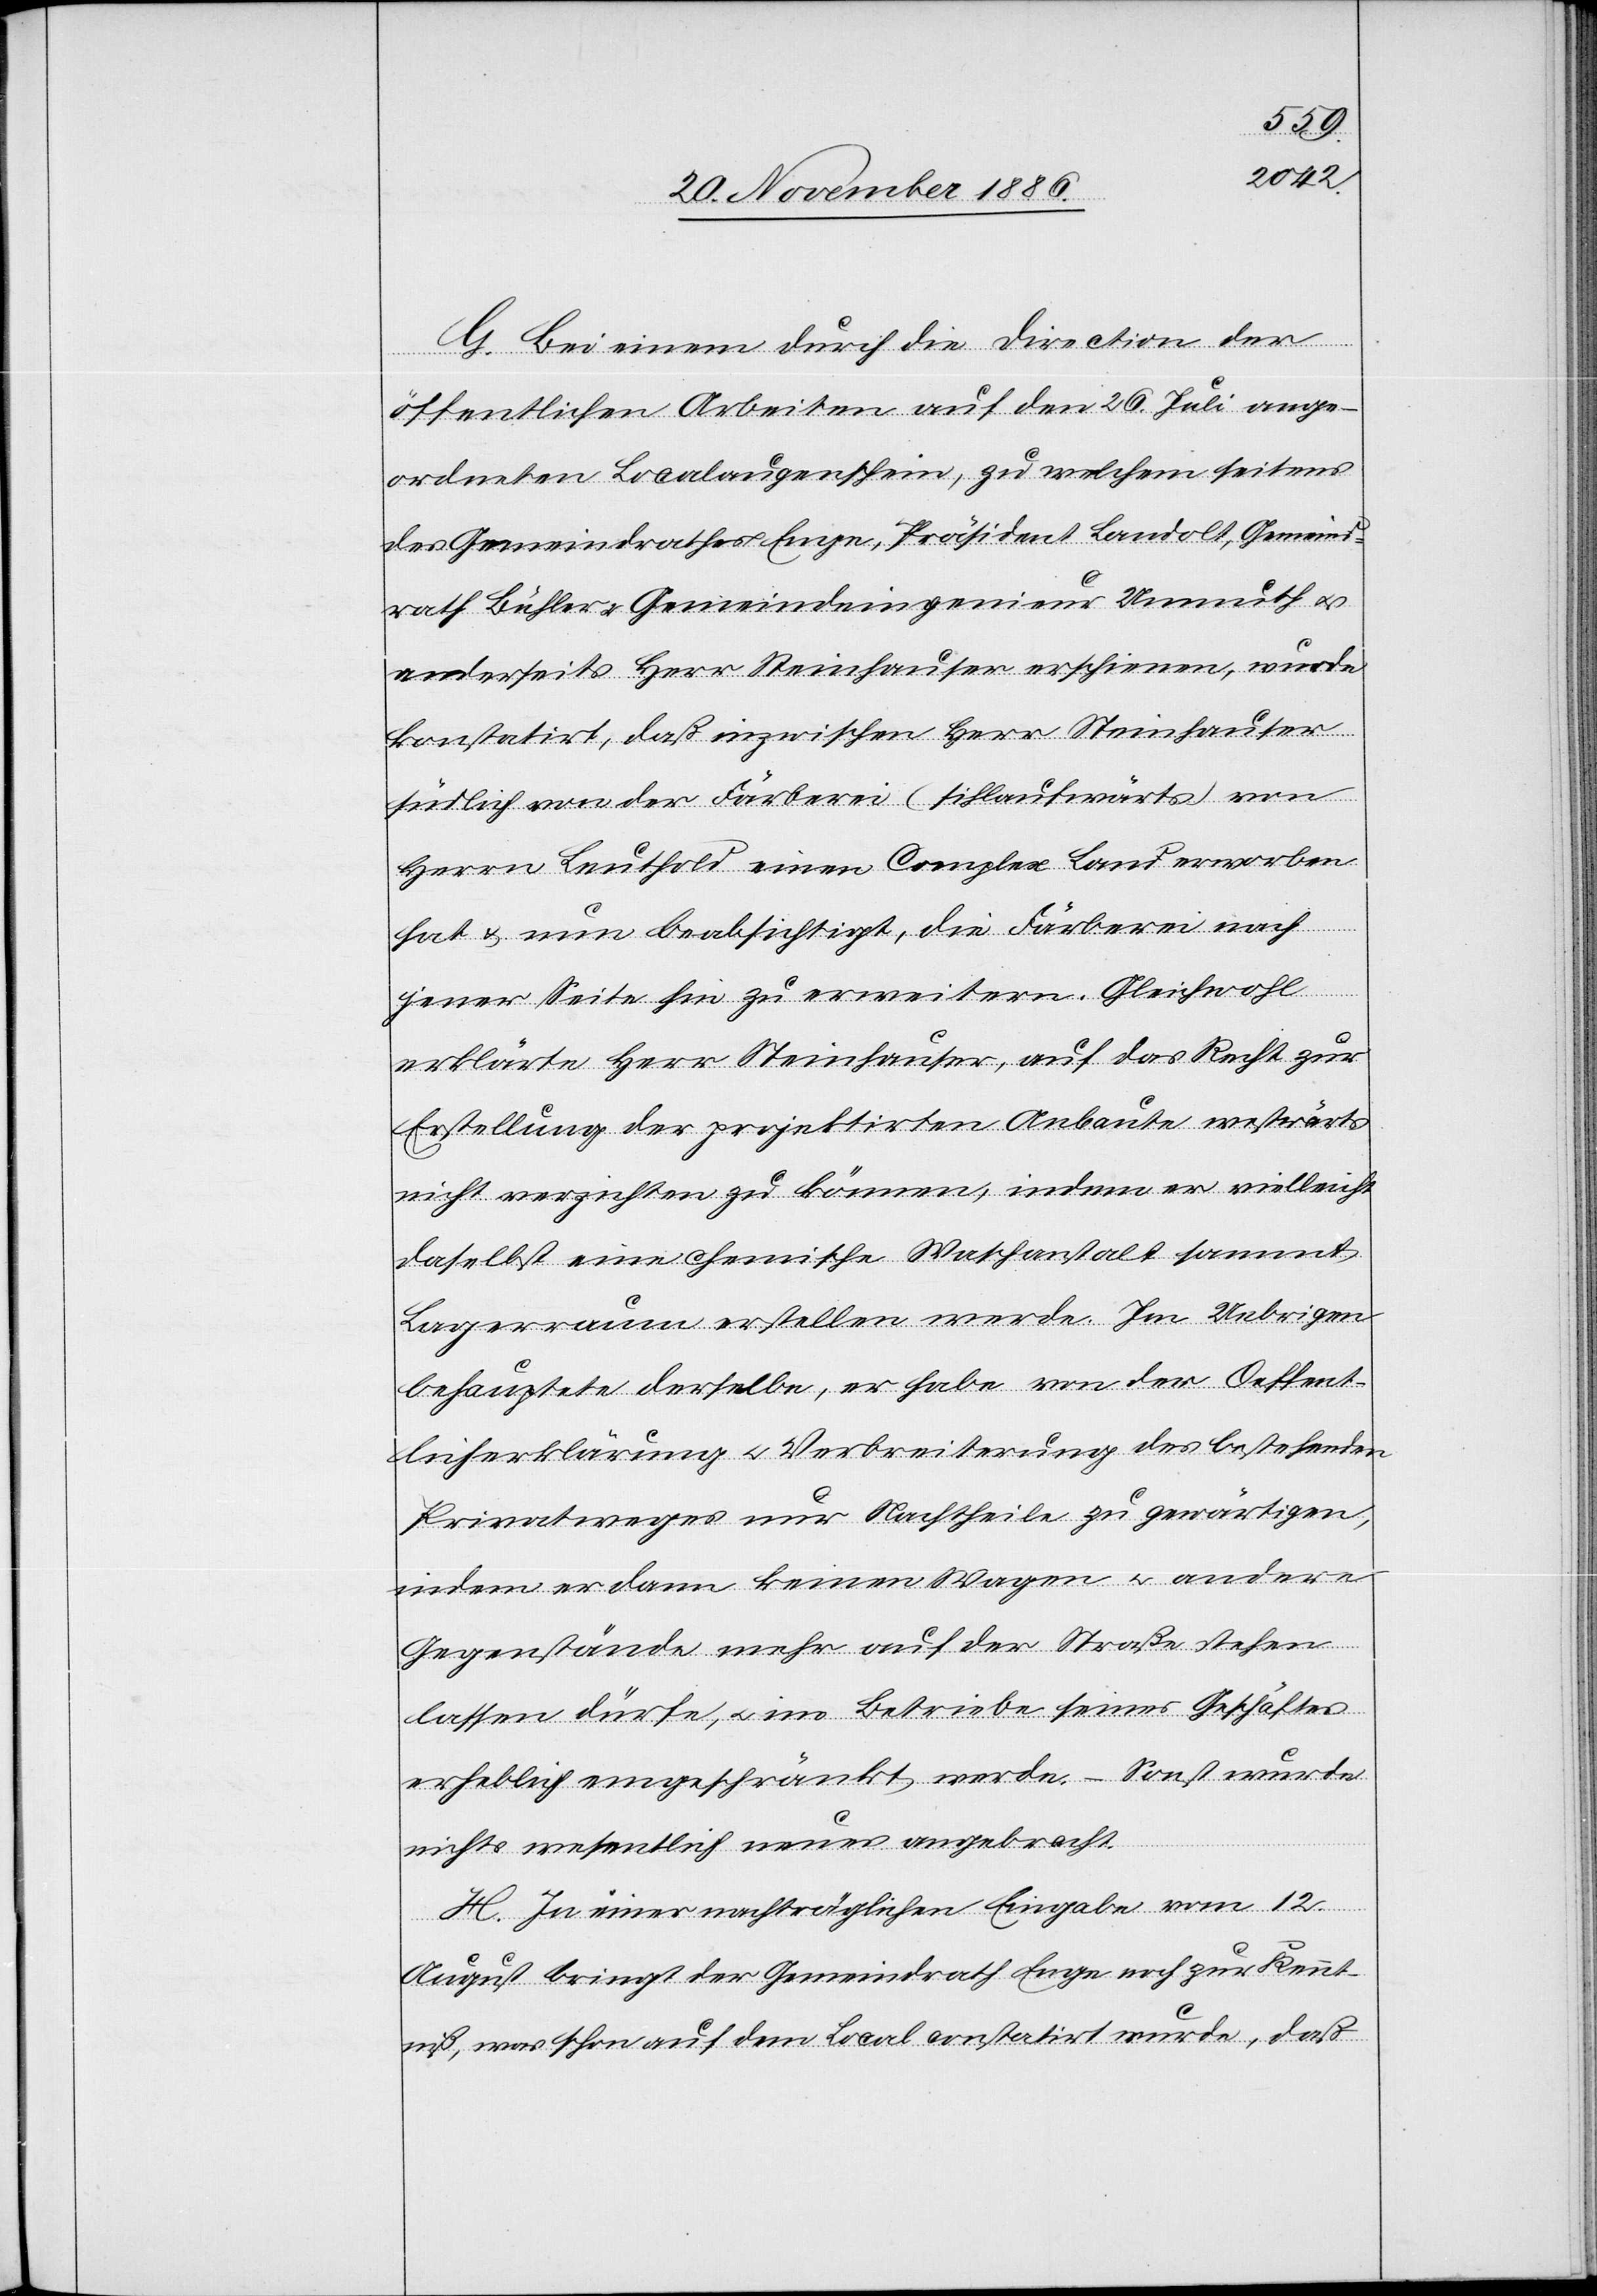
G. Bei einem durch die Direction der
öffentlichen Arbeiten auf den 26. Juli ange¬
ordneten Localaugenschein, zu welchem seitens
des Gemeindrathes Enge, Präsident Landolt, Gemeind¬
rath Bühler & Gemeindeingenieur Unmuth &
anderseits Herr Steinhauser erschienen, wurde
konstatirt, daß inzwischen Herr Steinhauser
südlich von der Färberei (sihlaufwärts) von
Herrn Leuthold einen Complex Land erworben
hat & nun beabsichtigt, die Färberei nach
jener Seite hin zu erweitern. Gleichwohl
erklärte Herr Steinhauser, auf das Recht zur
Erstellung der projektirten Anbaute westwärts
nicht verzichten zu können, indem er vielleicht
daselbst eine chemische Waschanstalt sammt
Lagerraum erstellen werde. Im Uebrigen
behauptete derselbe, er habe von der Oeffent¬
licherklärung & Verbreiterung des bestehenden
Privatweges nur Nachtheile zu gewärtigen,
indem er dann keinen Wagen & andere
Gegenstände mehr auf der Straße stehen
lassen dürfe, & im Betriebe seines Geschäftes
erheblich eingeschränkt werden. – Sonst wurde
nichts wesentlich neues angebracht.
H. In einer nachträglichen Eingabe vom 12.
August bringt der Gemeindrath Enge noch zur Kennt¬
niß, was schon auf dem Local constatirt wurde, daß